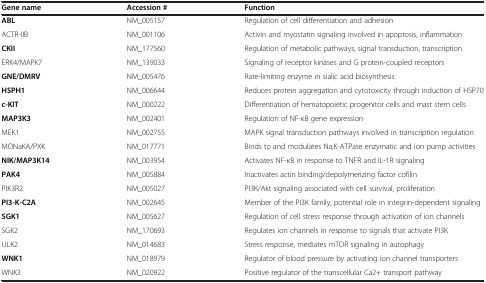
<table><thead><tr><td><b>Gene name</b></td><td><b>Accession #</b></td><td><b>Function</b></td></tr></thead><tbody><tr><td><b>ABL</b></td><td>NM_005157</td><td>Regulation of cell differentiation and adhesion</td></tr><tr><td>ACTR-IIB</td><td>NM_001106</td><td>Activin and myostatin signaling involved in apoptosis, inflammation</td></tr><tr><td><b>CKII</b></td><td>NM_177560</td><td>Regulation of metabolic pathways, signal transduction, transcription</td></tr><tr><td>ERK4/MAPK7</td><td>NM_139033</td><td>Signaling of receptor kinases and G protein-coupled receptors</td></tr><tr><td><b>GNE/DMRV</b></td><td>NM_005476</td><td>Rate-limiting enzyme in sialic acid biosynthesis</td></tr><tr><td><b>HSPH1</b></td><td>NM_006644</td><td>Reduces protein aggregation and cytotoxicity through induction of HSP70</td></tr><tr><td><b>c-KIT</b></td><td>NM_000222</td><td>Differentiation of hematopoietic progenitor cells and mast stem cells</td></tr><tr><td><b>MAP3K3</b></td><td>NM_002401</td><td>Regulation of NF-κB gene expression</td></tr><tr><td>MEK1</td><td>NM_002755</td><td>MAPK signal transduction pathways involved in transcription regulation</td></tr><tr><td>MONaKA/PXK</td><td>NM_017771</td><td>Binds to and modulates Na,K-ATPase enzymatic and ion pump activities</td></tr><tr><td><b>NIK/MAP3K14</b></td><td>NM_003954</td><td>Activates NF-κB in response to TNFR and IL-1R signaling</td></tr><tr><td><b>PAK4</b></td><td>NM_005884</td><td>Inactivates actin binding/depolymerizing factor cofilin</td></tr><tr><td>PIK3R2</td><td>NM_005027</td><td>PI3K/Akt signaling associated with cell survival, proliferation</td></tr><tr><td><b>PI3-K-C2A</b></td><td>NM_002645</td><td>Member of the PI3K family, potential role in integrin-dependent signaling</td></tr><tr><td><b>SGK1</b></td><td>NM_005627</td><td>Regulation of cell stress response through activation of ion channels</td></tr><tr><td>SGK2</td><td>NM_170693</td><td>Regulates ion channels in response to signals that activate PI3K</td></tr><tr><td>ULK2</td><td>NM_014683</td><td>Stress response, mediates mTOR signaling in autophagy</td></tr><tr><td><b>WNK1</b></td><td>NM_018979</td><td>Regulator of blood pressure by activating ion channel transporters</td></tr><tr><td>WNK3</td><td>NM_020922</td><td>Positive regulator of the transcellular Ca2+ transport pathway</td></tr></tbody></table>